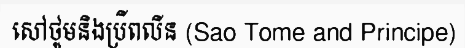
សៅថូមនិងប្រីពលីន (Sao Tome and Principe)